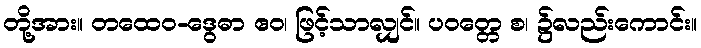
တို့အား။ တထေဝ-ဒွေဓာ ဧဝ၊ ဖြင့်သာလျှင်။ ပဝတ္တေ စ၊ ၌လည်းကောင်း။